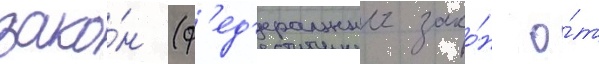
зако́н (ф'ед'еральныи зако́н о́т